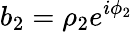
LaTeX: b_{2}=\rho_{2}e^{i\phi_{2}}